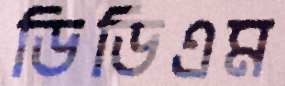
ডিডিএম